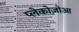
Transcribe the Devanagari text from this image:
प्लेकोज़ोआ